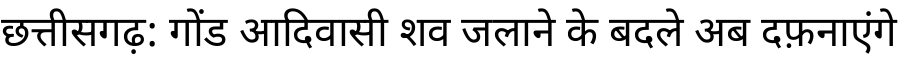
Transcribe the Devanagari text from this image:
छत्तीसगढ़: गोंड आदिवासी शव जलाने के बदले अब दफ़नाएंगे